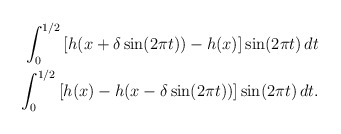
\begin{align*}\begin{aligned}\int_{0}^{1/2}\left[h(x +\delta\sin(2\pi t))- h(x)\right]\sin(2\pi t)\,dt \\\int_{0}^{1/2}\left[h(x)-h( x-\delta\sin(2\pi t)) \right]\sin(2\pi t)\,dt.\end{aligned}\end{align*}